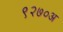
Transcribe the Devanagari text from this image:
९२७०अ